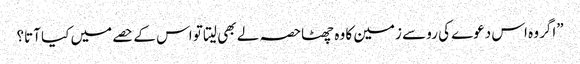
”اگر وہ اس دعوے کی رو سے زمین کا وہ چھٹاحصہ لے بھی لیتا تو اس کے حصے میں کیا آتا؟